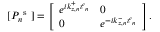
[ P _ { n } ^ { \mathrm { ~ s ~ } } ] = \left[ \begin{array} { l l } { e ^ { i k _ { z , n } ^ { + } \ell _ { n } } } & { 0 } \\ { 0 } & { e ^ { - i k _ { z , n } ^ { - } \ell _ { n } } } \end{array} \right] .